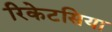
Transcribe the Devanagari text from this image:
रिकेटसिया